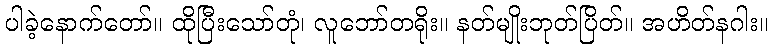
ပါခဲ့နောက်တော်။ ထိုပြီးသော်တုံ၊ လူဘော်တရိုး။ နတ်မျိုးဘုတ်ပြိတ်။ အဟိတ်နဂါး။